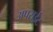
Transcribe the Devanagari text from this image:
अपराईट